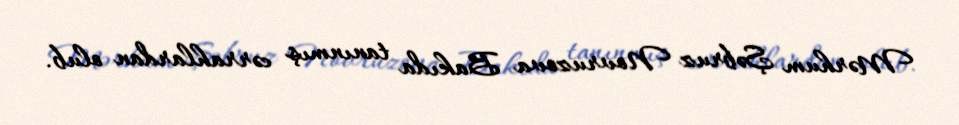
Mərhum Şəbruz Novruzova Bakıda tanınmış cərrahlardan olub.